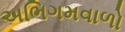
અભિગમવાળો